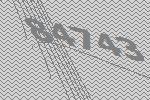
84743